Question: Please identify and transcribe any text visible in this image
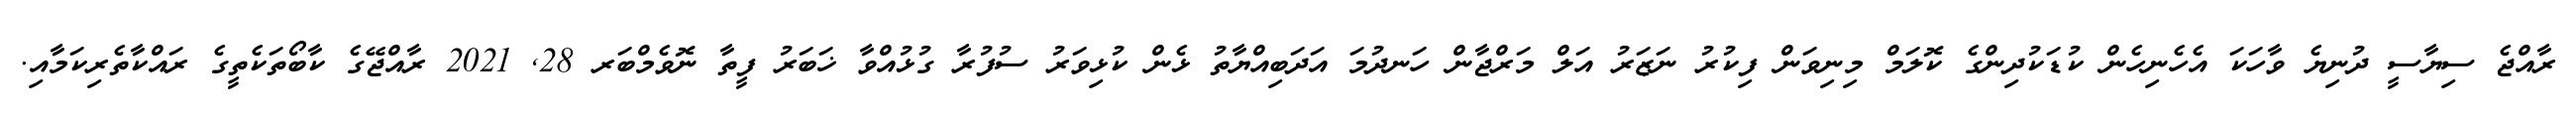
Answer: ރާއްޖެ ސިޔާސީ ދުނިޔެ ވާހަކަ އެހެނިހެން ކުޑަކުދިންގެ ކޮލަމް މިނިވަން ފިކުރު ނަޒަރު އަލް މަރްޖާން ހަނދުމަ އަދަބިއްޔާތު ޅެން ކުޅިވަރު ސުފުރާ ގުޅުއްވާ ޚަބަރު ފީތާ ނޮވެމްބަރ 28, 2021 ރާއްޖޭގެ ކާބޯތަކެތީގެ ރައްކާތެރިކަމާއި.